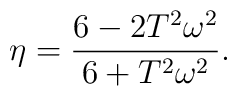
\eta =\frac{6-2T^2\omega ^2}{6+T^2\omega ^2}.